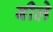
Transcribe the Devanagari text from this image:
बीले